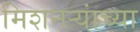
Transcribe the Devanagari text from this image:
मिशनऱ्यांच्या